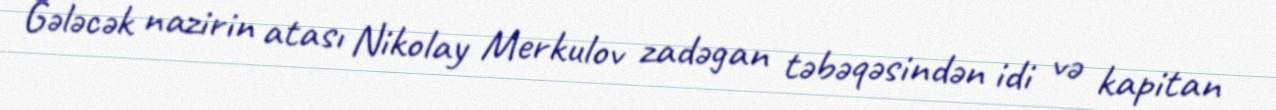
Gələcək nazirin atası Nikolay Merkulov zadəgan təbəqəsindən idi və kapitan